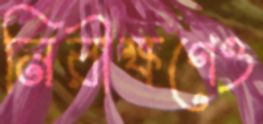
নিরীক্ষণেও